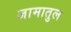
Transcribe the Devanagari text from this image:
जामातुल